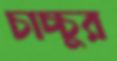
চাচ্চুর